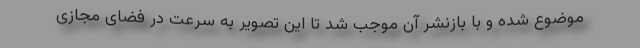
موضوع شده و با بازنشر آن موجب شد تا این تصویر به سرعت در فضای مجازی